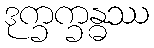
ဒုက္ခက္ခန္ဓဿ